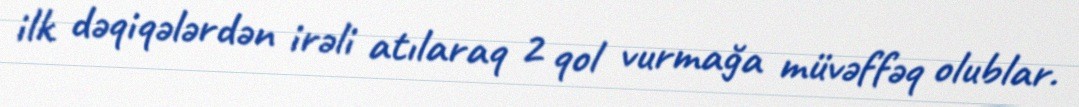
ilk dəqiqələrdən irəli atılaraq 2 qol vurmağa müvəffəq olublar.